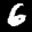
Label: 6